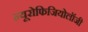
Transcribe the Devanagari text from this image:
न्यूरोफिजियोलॉजी